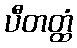
ပီတတ္ထံ